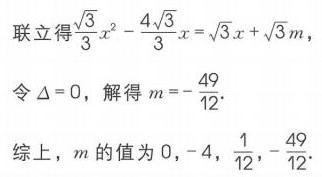
联立得\(\frac{\sqrt{3}}{3}x^{2}-\frac{4\sqrt{3}}{3}x=\sqrt{3}x+\sqrt{3}m\)，
令\(\Delta = 0\)，解得\(m =-\frac{49}{12}\)。
综上，\(m\)的值为\(0,-4,\frac{1}{12},-\frac{49}{12}\)。